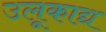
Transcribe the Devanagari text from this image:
उलूकाद्य